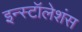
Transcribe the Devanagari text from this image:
इन्स्टॉलेशंस